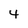
Character: 4